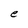
Character: e